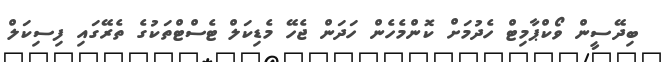
ބިދޭސީން ވޯކްޕާމިޓް ހެދުމަށް ކޮންމެހެން ހަދަން ޖެހޭ މެޑިކަލް ޓެސްޓްތަކުގެ ތެރޭގައި ފިސިކަލް